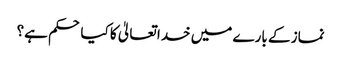
نماز کے بارے میں خدا تعالیٰ کا کیا حکم ہے؟